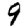
Digit: 9